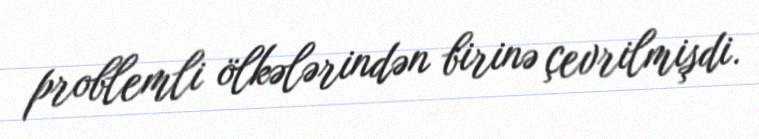
problemli ölkələrindən birinə çevrilmişdi.